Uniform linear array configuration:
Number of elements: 12
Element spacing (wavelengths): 0.75
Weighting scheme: blackman
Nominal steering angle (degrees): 15
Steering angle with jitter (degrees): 14.467
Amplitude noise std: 0.05
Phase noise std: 0.05

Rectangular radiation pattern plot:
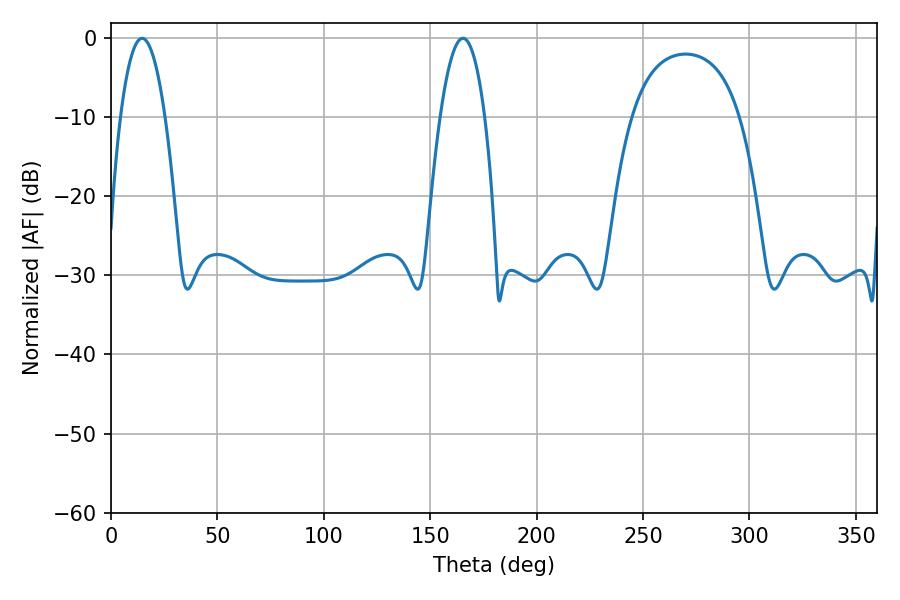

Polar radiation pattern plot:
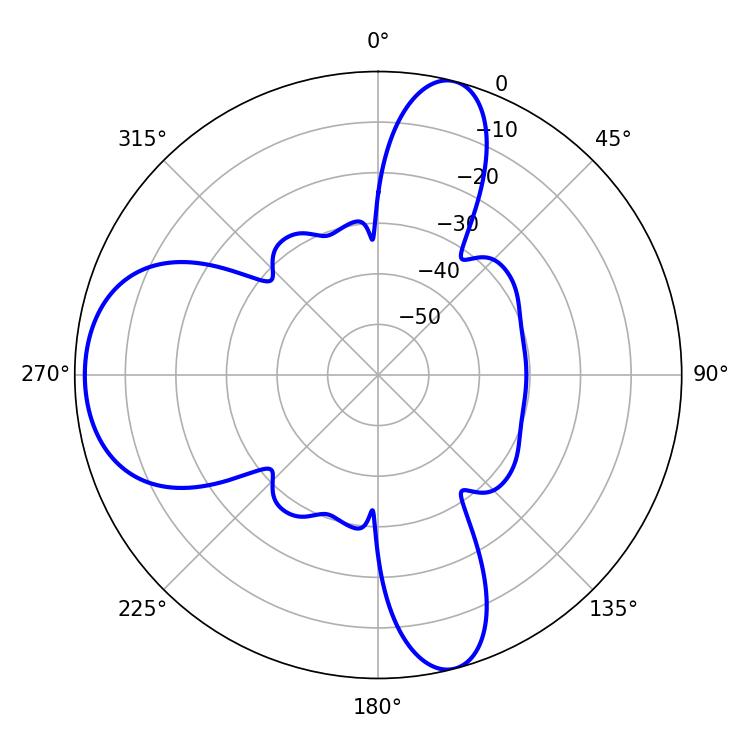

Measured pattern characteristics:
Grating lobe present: TRUE
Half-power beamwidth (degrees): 11.7
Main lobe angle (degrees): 14.58